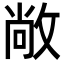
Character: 敞